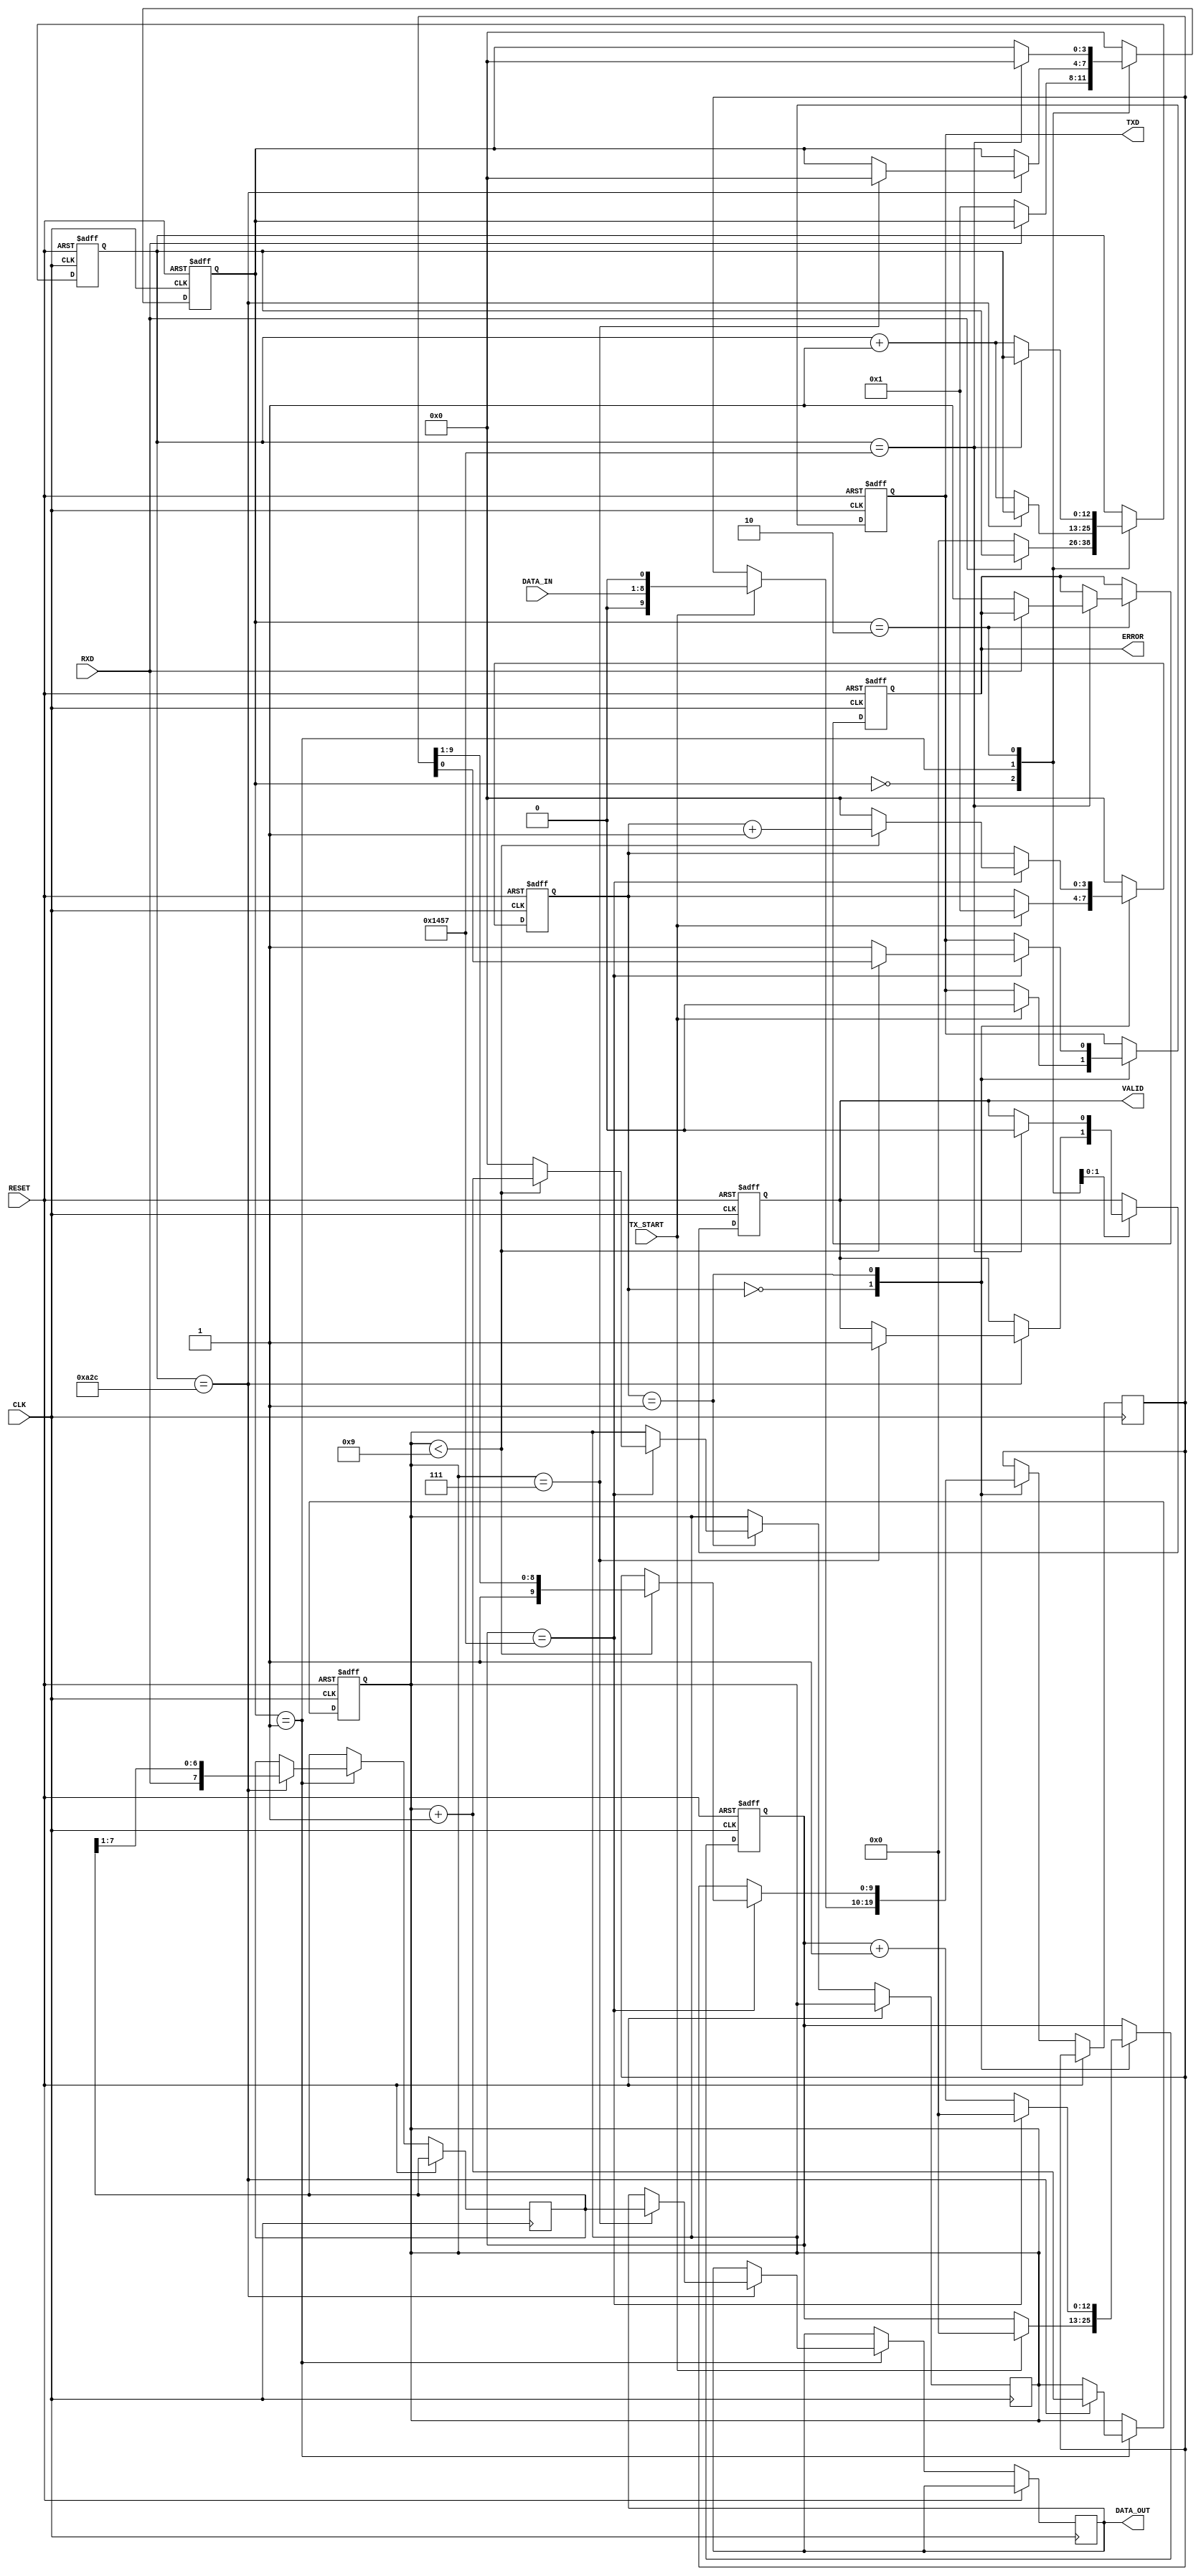
module parameterized_uart #(
    parameter BAUD_RATE = 9600,
    parameter DATA_BITS = 8,
    parameter STOP_BITS = 1,
    parameter PARITY = "NONE", // Options: "NONE", "EVEN", "ODD"
    parameter CLOCK_FREQ = 50000000 // System clock frequency
)(
    input wire CLK,
    input wire RESET,
    input wire [DATA_BITS-1:0] DATA_IN,
    input wire TX_START,
    output reg TXD,
    input wire RXD,
    output reg [DATA_BITS-1:0] DATA_OUT,
    output reg VALID,
    output reg ERROR
);

    // Baud rate generator parameters
    localparam BAUD_DIV = CLOCK_FREQ / BAUD_RATE;
    localparam BAUD_COUNT_BITS = $clog2(BAUD_DIV);
    
    // TX State Machine
    reg [3:0] tx_state;
    reg [BAUD_COUNT_BITS-1:0] tx_baud_counter;
    reg [DATA_BITS+1:0] tx_shift_reg; // Data + start + stop + parity
    reg tx_active;

    // RX State Machine
    reg [3:0] rx_state;
    reg [BAUD_COUNT_BITS-1:0] rx_baud_counter;
    reg [DATA_BITS-1:0] rx_shift_reg;
    reg rx_active;
    reg [3:0] bit_count;
    
    // TX Logic
    always @(posedge CLK or posedge RESET) begin
        if (RESET) begin
            TXD <= 1'b1; // Idle state
            tx_state <= 0;
            tx_active <= 1'b0;
            tx_baud_counter <= 0;
        end else begin
            case (tx_state)
                0: begin // Idle
                    if (TX_START) begin
                        tx_shift_reg <= {DATA_IN, 1'b0}; // Start bit
                        if (PARITY == "EVEN") begin
                            tx_shift_reg[DATA_BITS] <= ~^DATA_IN; // Even parity
                        end else if (PARITY == "ODD") begin
                            tx_shift_reg[DATA_BITS] <= ^DATA_IN; // Odd parity
                        end
                        tx_state <= 1; // Move to start bit
                        tx_baud_counter <= 0;
                        TXD <= 1'b0; // Start bit
                    end
                end
                1: begin // Transmitting bits
                    if (tx_baud_counter == BAUD_DIV - 1) begin
                        tx_baud_counter <= 0;
                        tx_state <= (bit_count < DATA_BITS + (PARITY != "NONE") + STOP_BITS) ? tx_state + 1 : 0;
                        if (bit_count < DATA_BITS + (PARITY != "NONE") + STOP_BITS) begin
                            TXD <= tx_shift_reg[0]; // Shift out the next bit
                            tx_shift_reg <= {1'b1, tx_shift_reg[DATA_BITS+1:1]}; // Shift left
                            bit_count <= bit_count + 1;
                        end else begin
                            TXD <= 1'b1; // Stop bit
                            bit_count <= 0; // Reset bit count
                        end
                    end else begin
                        tx_baud_counter <= tx_baud_counter + 1;
                    end
                end
                default: tx_state <= 0; // Reset state
            endcase
        end
    end

    // RX Logic
    always @(posedge CLK or posedge RESET) begin
        if (RESET) begin
            VALID <= 1'b0;
            ERROR <= 1'b0;
            rx_state <= 0;
            rx_active <= 1'b0;
            rx_baud_counter <= 0;
            bit_count <= 0;
        end else begin
            case (rx_state)
                0: begin // Idle
                    if (RXD == 1'b0) begin // Start bit detected
                        rx_active <= 1'b1;
                        rx_baud_counter <= 0;
                        rx_state <= 1;
                    end
                end
                1: begin // Sampling bits
                    if (rx_baud_counter == BAUD_DIV / 2) begin // Sample in the middle of the bit
                        rx_shift_reg <= {RXD, rx_shift_reg[DATA_BITS-1:1]}; // Shift in the received bit
                        bit_count <= bit_count + 1;
                        if (bit_count == DATA_BITS - 1) begin
                            if (PARITY == "EVEN" && (rx_shift_reg[DATA_BITS] != ~^rx_shift_reg[DATA_BITS-1:0])) begin
                                ERROR <= 1'b1; // Parity error
                            end else if (PARITY == "ODD" && (rx_shift_reg[DATA_BITS] != ^rx_shift_reg[DATA_BITS-1:0])) begin
                                ERROR <= 1'b1; // Parity error
                            end
                            VALID <= 1'b1; // Data valid
                            DATA_OUT <= rx_shift_reg[DATA_BITS-1:0]; // Output data
                            rx_state <= (STOP_BITS == 1) ? 0 : 2; // Check for stop bit
                        end
                    end else begin
                        rx_baud_counter <= rx_baud_counter + 1;
                    end
                end
                2: begin // Check stop bit
                    if (rx_baud_counter == BAUD_DIV - 1) begin
                        if (RXD != 1'b1) begin
                            ERROR <= 1'b1; // Framing error
                        end
                        VALID <= 1'b0; // Reset valid signal
                        rx_active <= 1'b0;
                        rx_state <= 0; // Return to idle
                    end else begin
                        rx_baud_counter <= rx_baud_counter + 1;
                    end
                end
                default: rx_state <= 0; // Reset state
            endcase
        end
    end

endmodule